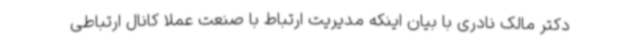
دکتر مالک نادری با بیان اینکه مدیریت ارتباط با صنعت عملا کانال ارتباطی